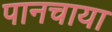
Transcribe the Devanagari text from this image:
पानचाया